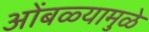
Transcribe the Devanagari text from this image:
ओंबळ्यामुळे